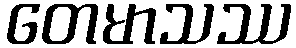
တေမာသဿ